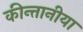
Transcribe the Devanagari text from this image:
कीन्तानीया